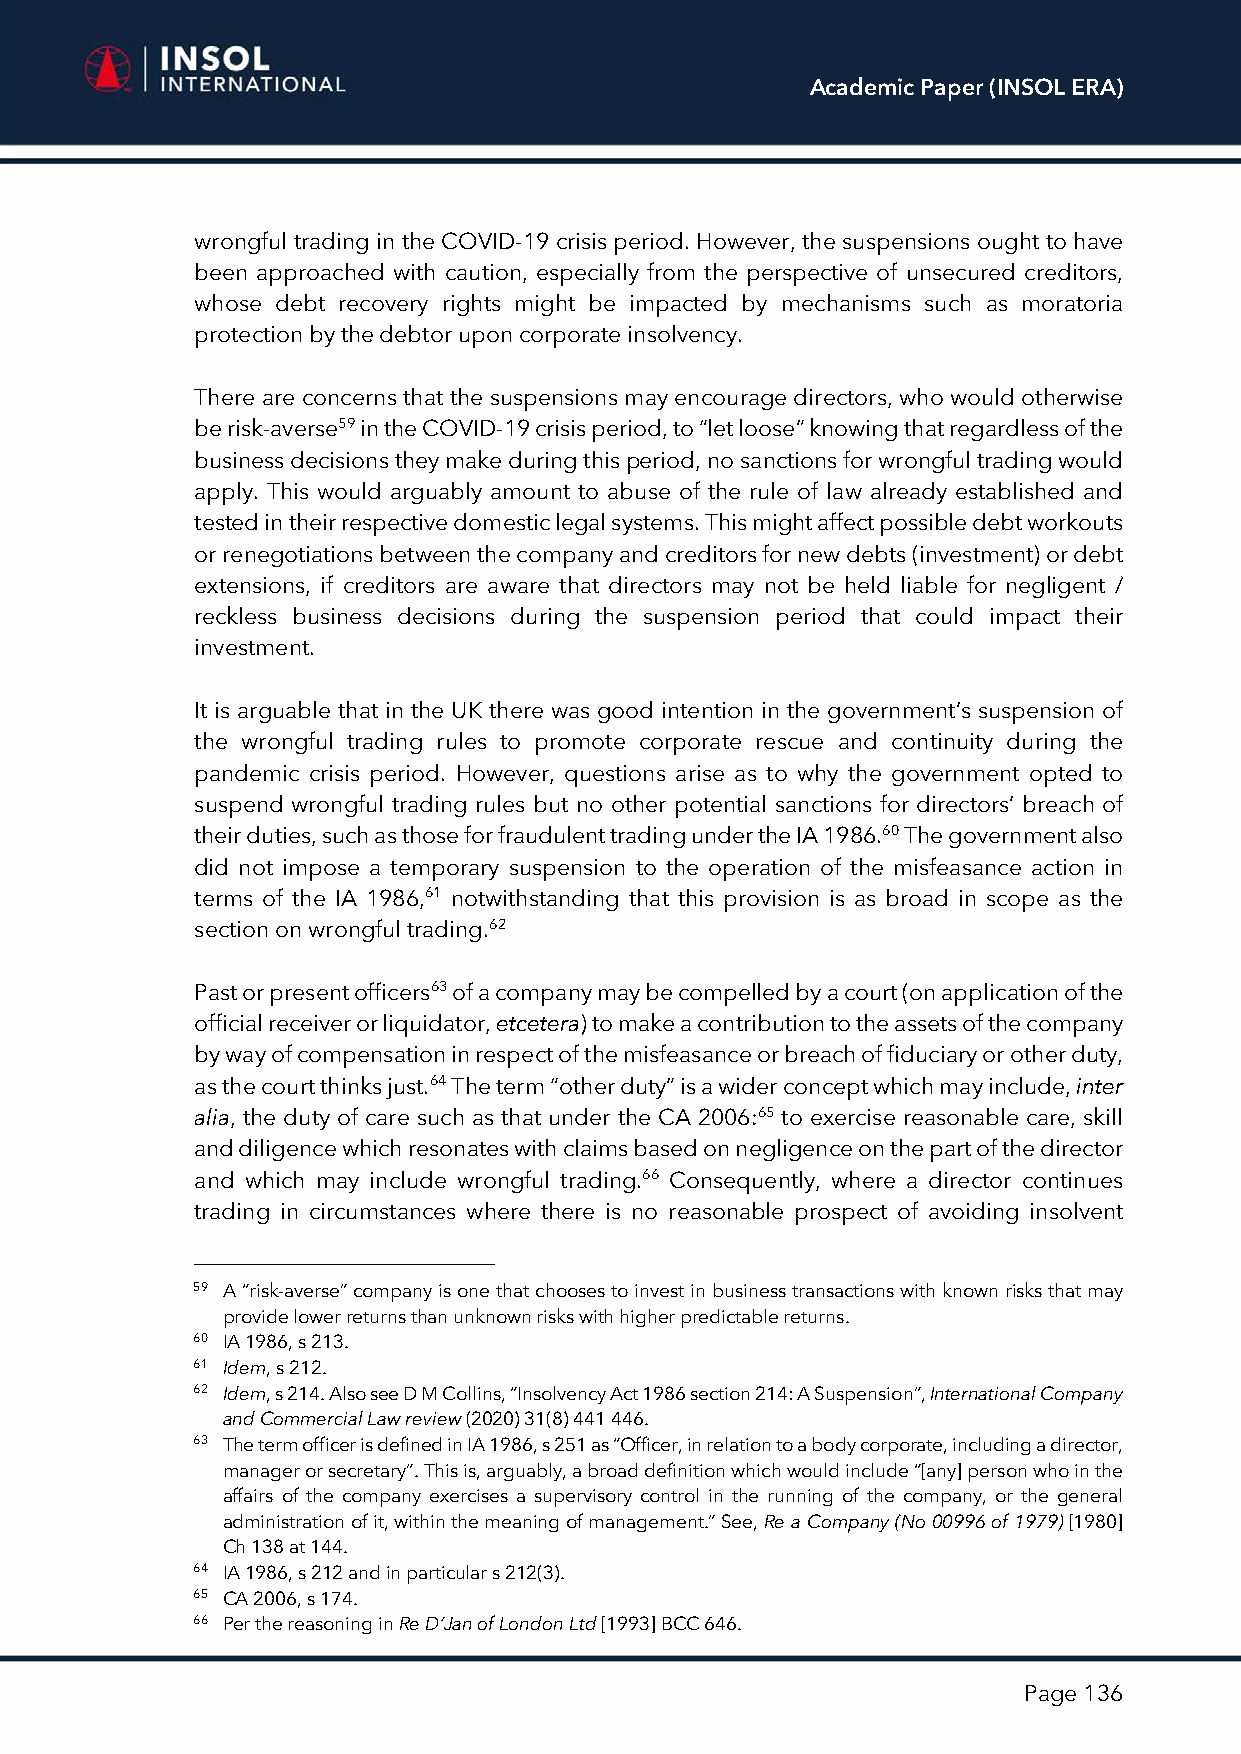
Academic Paper (INSOL ERA)
 wrongful trading in the COVID-19 crisis period. However, the suspensions ought to have
 been approached with caution, especially from the perspective of unsecured creditors,
 whose debt recovery rights might be impacted by mechanisms such as moratoria
 protection by the debtor upon corporate insolvency.
 There are concerns that the suspensions may encourage directors, who would otherwise
 be risk-averse59 in the COVID-19 crisis period, to “let loose” knowing that regardless of the
 business decisions they make during this period, no sanctions for wrongful trading would
 apply. This would arguably amount to abuse of the rule of law already established and
 tested in their respective domestic legal systems. This might affect possible debt workouts
 or renegotiations between the company and creditors for new debts (investment) or debt
 extensions, if creditors are aware that directors may not be held liable for negligent /
 reckless business decisions during the suspension period that could impact their
 investment.
 It is arguable that in the UK there was good intention in the government’s suspension of
 the wrongful trading rules to promote corporate rescue and continuity during the
 pandemic crisis period. However, questions arise as to why the government opted to
 suspend wrongful trading rules but no other potential sanctions for directors’ breach of
 their duties, such as those for fraudulent trading under the IA 1986.60 The government also
 did not impose a temporary suspension to the operation of the misfeasance action in
 terms of the IA 1986,61 notwithstanding that this provision is as broad in scope as the
 section on wrongful trading.62
 Past or present officers63 of a company may be compelled by a court (on application of the
 official receiver or liquidator, etcetera) to make a contribution to the assets of the company
 by way of compensation in respect of the misfeasance or breach of fiduciary or other duty,
 as the court thinks just.64 The term “other duty” is a wider concept which may include, inter
 alia, the duty of care such as that under the CA 2006:65 to exercise reasonable care, skill
 and diligence which resonates with claims based on negligence on the part of the director
 and which may include wrongful trading.66 Consequently, where a director continues
 trading in circumstances where there is no reasonable prospect of avoiding insolvent
 59 A “risk-averse” company is one that chooses to invest in business transactions with known risks that may
 provide lower returns than unknown risks with higher predictable returns.
 60 IA 1986, s 213.
 61 Idem, s 212.
 62 Idem, s 214. Also see D M Collins, “Insolvency Act 1986 section 214: A Suspension”, International Company
 and Commercial Law review (2020) 31(8) 441 446.
 63 The term officer is defined in IA 1986, s 251 as “Officer, in relation to a body corporate, including a director,
 manager or secretary”. This is, arguably, a broad definition which would include “[any] person who in the
 affairs of the company exercises a supervisory control in the running of the company, or the general
 administration of it, within the meaning of management.” See, Re a Company (No 00996 of 1979) [1980]
 Ch 138 at 144.
 64 IA 1986, s 212 and in particular s 212(3).
 65 CA 2006, s 174.
 66 Per the reasoning in Re D’Jan of London Ltd [1993] BCC 646.
 Page 136